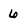
Character: 6